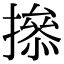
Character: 撡